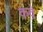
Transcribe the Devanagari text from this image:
कवे